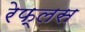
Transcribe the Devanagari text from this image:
रेफ्लस